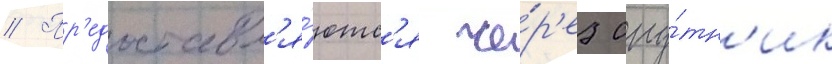
// Пр'едоставл'я́ютс'я че́р'ез спу́тн'ик